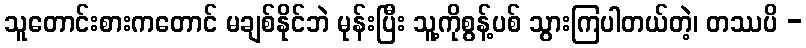
သူတောင်းစားကတောင် မချစ်နိုင်ဘဲ မုန်းပြီး သူ့ကိုစွန့်ပစ် သွားကြပါတယ်တဲ့၊ တဿပိ -